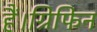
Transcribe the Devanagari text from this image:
हैं।ग्रिफिन